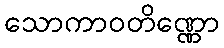
သောကာဝတိဏ္ဏော